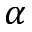
\alpha